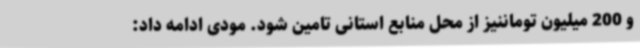
و 200 میلیون توماننیز از محل منابع استانی تامین شود. مودی ادامه داد: